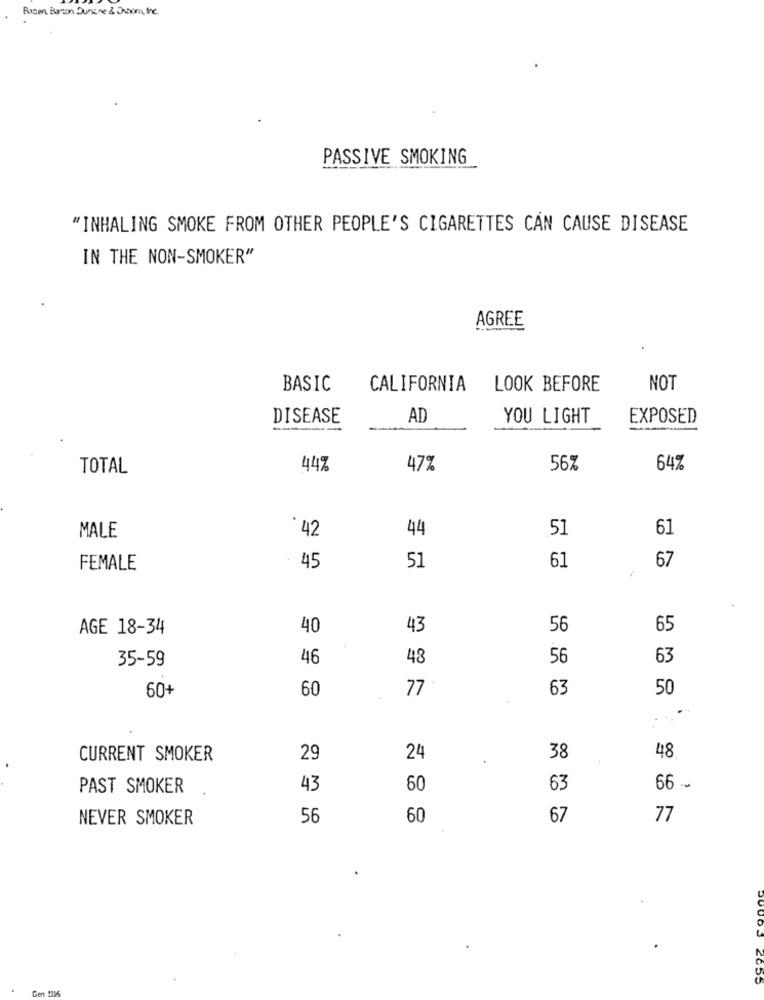
Bastian, Bacon Dursune & Oworn, the.
PASSIVE SMOKING
"INHALING SMOKE FROM OTHER PEOPLE'S CIGARETTES CAN CAUSE DISEASE
IN THE NON-SMOKER"
AGREE
BASIC
CALIFORNIA
LOOK BEFORE
NOT
DISEASE
AD
YOU LIGHT
EXPOSED
TOTAL
44%
47%
56%
64%
42
44
51
61
MALE
61
FEMALE
45
51
67
AGE 18-34
40
43
56
65
35-59
46
48
56
63
60+
60
77
63
50
CURRENT SMOKER
29
24
38
48
PAST SMOKER
43
60
63
66 -
NEVER SMOKER
56
60
67
77
Gon 1115